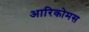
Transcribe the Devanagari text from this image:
आरिकोमस